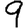
Digit: 9